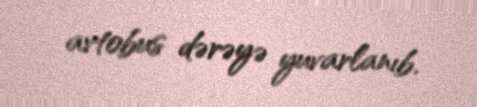
avtobus dərəyə yuvarlanıb.